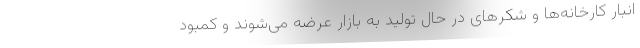
انبار کارخانه‌ها و شکرهای در حال تولید به بازار عرضه می‌شوند و کمبود